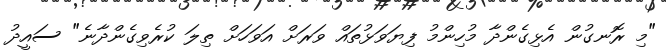
"މި ރޮނގުން އެޅިގެންދާ މުހިންމު ފިޔަވަޅުތައް ވަރަށް އަވަހަށް ތިލަ ކުރެވިގެންދާނެ" ސައީދު